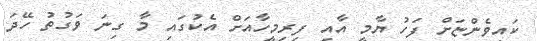
ކައިވެންޏަށް ފަހު ޔާމީ އާއި ފިރިމީހާއަށް އެކުގައި މާ ގިނަ ވަގުތު ހޭދަ